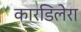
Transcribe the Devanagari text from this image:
कारडिलेरा